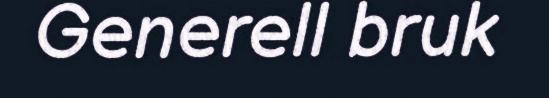
Generell bruk